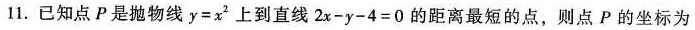
1.已知点P是抛物线 $$y = x ^ { 2 }$$上到直线 $$2 x - y - 4 = 0$$ 的距离最短的点，则点P的坐标为